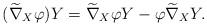
LaTeX: \begin{align*}(\widetilde{\nabla}_X{\varphi})Y=\widetilde{\nabla}_X{\varphi}Y-\varphi\widetilde\nabla_X{Y}.\end{align*}